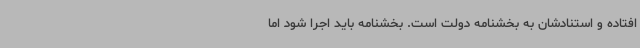
افتاده و استنادشان به بخشنامه دولت است. بخشنامه باید اجرا شود اما